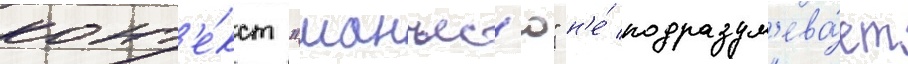
конт'е́кст "манъес'ю" н'е́ подразум'ева́ет